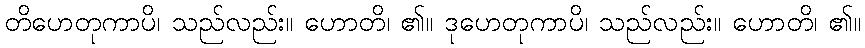
တိဟေတုကာပိ၊ သည်လည်း။ ဟောတိ၊ ၏။ ဒုဟေတုကာပိ၊ သည်လည်း။ ဟောတိ၊ ၏။